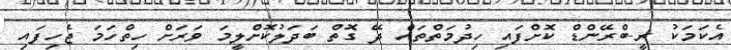
އެކަމަކު ރީ-ބްރޭންޑް ކޮށްފައި ހިދުމަތްތައް ދޭ ގޮތް ބަދަލުކޮށްލީމަ ވަރަށް ހިތްހަމަ ޖެހިފައި